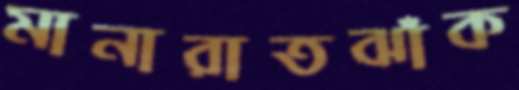
মানারাতঝাঁক